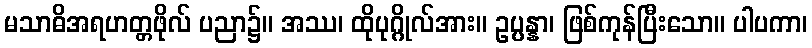
မသာဓိအရဟတ္တဖိုလ် ပညာ၌။ အဿ၊ ထိုပုဂ္ဂိုလ်အား။ ဥပ္ပန္နာ၊ ဖြစ်ကုန်ပြီးသော။ ပါပကာ၊